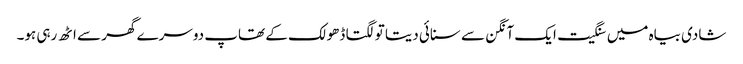
شادی بیاہ میں سنگیت ایک آنگن سے سنائی دیتا تو لگتا ڈھولک کے تھاپ دوسرے گھر سے اٹھ رہی ہو۔